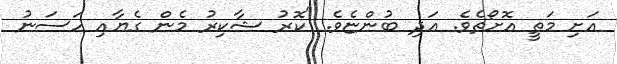
އަށި މަތީ އޮށޯތެވެ. އަދި ބުންޏެވެ. "ކޮރު ޝާކިރު މެން ގެޔާއި ހަސަނު